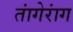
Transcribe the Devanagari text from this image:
तांगेरांग